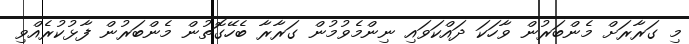
މި ގަރާރަށް މެންބަރުން ވާހަކަ ދައްކަވައި ނިންމެވުމުން ގަރާރާ ބެހޭގޮތުން މެންބަރުން ފާޅުކުރެއްވި